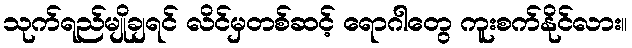
သုက်ရည်မျိုချရင် လိင်မှတစ်ဆင့် ရောဂါတွေ ကူးစက်နိုင်လား။